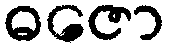
ဓဇော